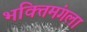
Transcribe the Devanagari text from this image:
भक्तिमंगला